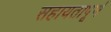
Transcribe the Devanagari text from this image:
सहायतापूर्ण